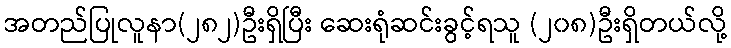
အတည်ပြုလူနာ(၂၈၂)ဦးရှိပြီး ဆေးရုံဆင်းခွင့်ရသူ (၂၀၈)ဦးရှိတယ်လို့